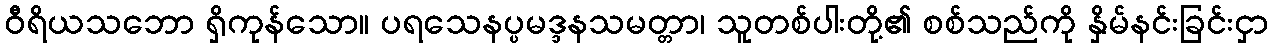
ဝီရိယသဘော ရှိကုန်သော။ ပရသေနပ္ပမဒ္ဒနသမတ္တာ၊ သူတစ်ပါးတို့၏ စစ်သည်ကို နှိမ်နင်းခြင်းငှာ